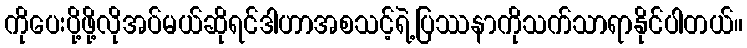
ကိုပေးပို့ဖို့လိုအပ်မယ်ဆိုရင်ဒါဟာအစသင့်ရဲ့ပြဿနာကိုသက်သာရာနိုင်ပါတယ်။